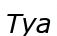
Туа